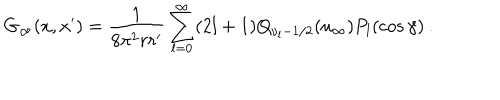
LaTeX: G _ { \infty } ( x , x ^ { \prime } ) = \frac { 1 } { 8 \pi ^ { 2 } r r ^ { \prime } } \sum _ { l = 0 } ^ { \infty } ( 2 l + 1 ) Q _ { \nu _ { l } - 1 / 2 } ( u _ { \infty } ) P _ { l } ( \cos \gamma ) \ .